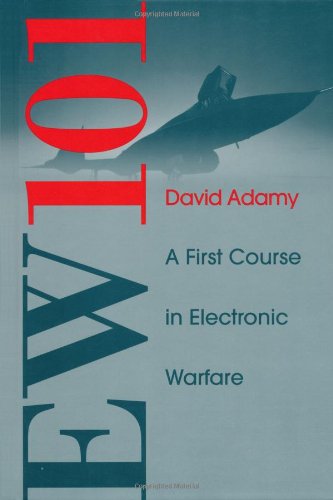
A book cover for Ew 101: A First Course in Electronic Warfare (Artech House Radar Library); Engineering & Transportation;